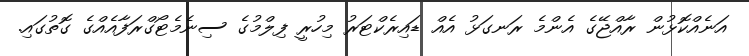
އަނެއްކޮޅުން ރާއްޖޭގެ އެންމެ ރަނގަޅު އެއް ޑައިރެކްޓަރު މިހުރީ ފިލްމުގެ ސިނެމެޓޯގްރަފާއެއްގެ ގޮތުގައި.